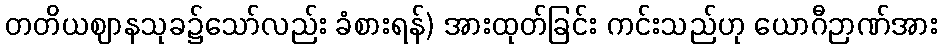
တတိယဈာနသုခ၌သော်လည်း ခံစားရန်) အားထုတ်ခြင်း ကင်းသည်ဟု ယောဂီဉာဏ်အား